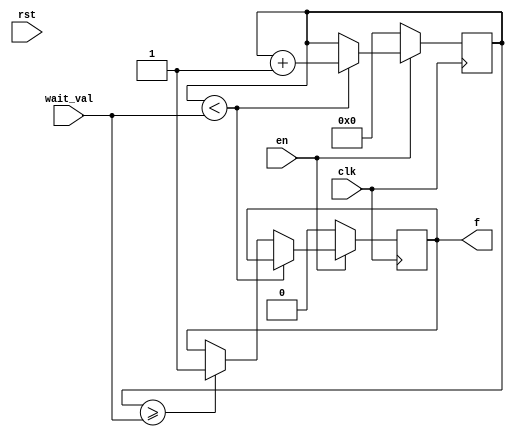
module gen_counter
#(
	parameter DATA_WIDTH = 32
)
(
	input clk,
	input rst,
	input en,
	input [DATA_WIDTH - 1:0] wait_val,
	output f
);

	reg [DATA_WIDTH - 1:0] count = 0;
	reg F_O = 0;
	assign f = F_O;
	always @ (posedge clk)
	begin
	if (!en)
	begin
		count <= 0;
		F_O = 0;
	end
	else if (count < wait_val)
		count <= count + 1;
	else if (count >= wait_val)
		F_O = 1;
	end
endmodule